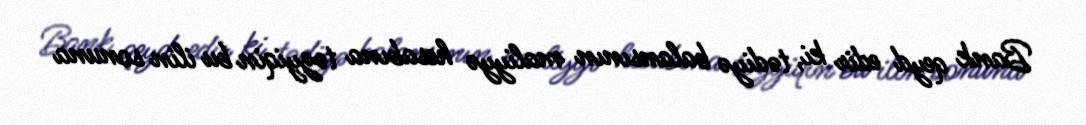
Bank qeyd edir ki, tədiyə balansının maliyyə hesabına təzyiqin bu ilin sonuna